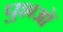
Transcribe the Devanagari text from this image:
पुशओं